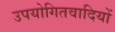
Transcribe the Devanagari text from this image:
उपयोगितवादियों